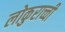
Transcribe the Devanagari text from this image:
लोकुराच्ची